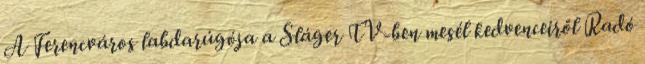
A Ferencváros labdarúgója a Sláger TV-ben mesél kedvenceiről Radó